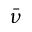
\bar { \nu }